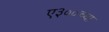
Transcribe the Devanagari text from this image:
ए३००च्या